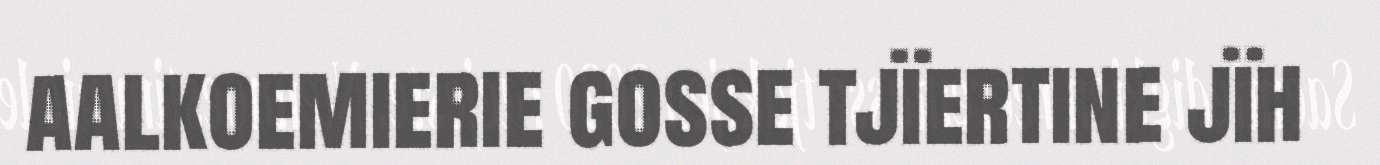
aalkoemierie gosse tjïertine jïh